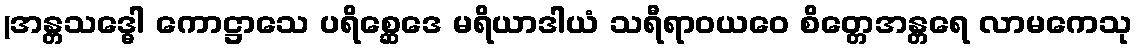
(အန္တသဒ္ဓေါ ကောဋ္ဌာသေ ပရိစ္ဆေဒေ မရိယာဒါယံ သရီရာဝယဝေ စိတ္တေအန္တရေ လာမကေသု